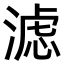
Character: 滤